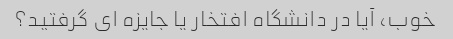
خوب، آیا در دانشگاه افتخار یا جایزه ای گرفتید؟